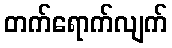
တက်ရောက်လျက်